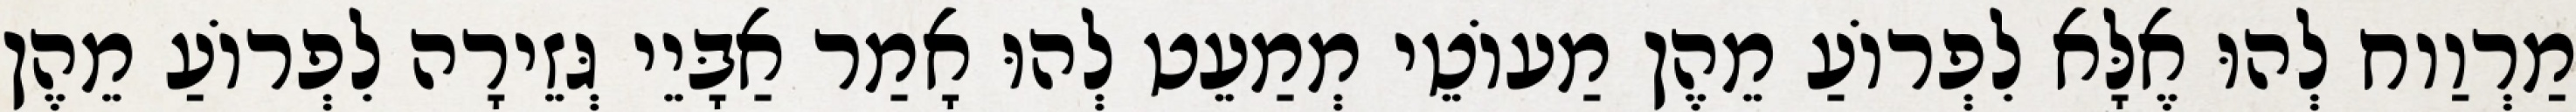
מַרְוַוח לְהוּ אֶלָּא לִפְרוֹעַ מֵהֶן מַעוֹטֵי מְמַעֵט לְהוּ אָמַר אַבָּיֵי גְּזֵירָה לִפְרוֹעַ מֵהֶן